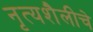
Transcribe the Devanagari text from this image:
नृत्यशैलीचे